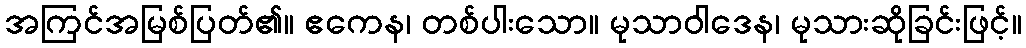
အကြင်အမြစ်ပြတ်၏။ ဧကေန၊ တစ်ပါးသော။ မုသာဝါဒေန၊ မုသားဆိုခြင်းဖြင့်။